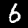
Digit: 6